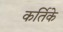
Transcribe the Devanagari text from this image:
कर्तिके